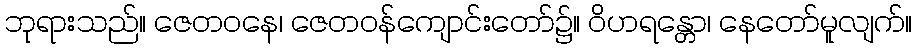
ဘုရားသည်။ ဇေတဝနေ၊ ဇေတဝန်ကျောင်းတော်၌။ ဝိဟရန္တော၊ နေတော်မူလျက်။